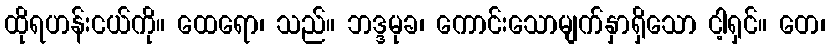
ထိုရဟန်းငယ်ကို။ ထေရော၊ သည်။ ဘဒ္ဒမုခ၊ ကောင်းသောမျက်နှာရှိသော ငါ့ရှင်။ တေ၊